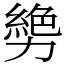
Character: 㔢